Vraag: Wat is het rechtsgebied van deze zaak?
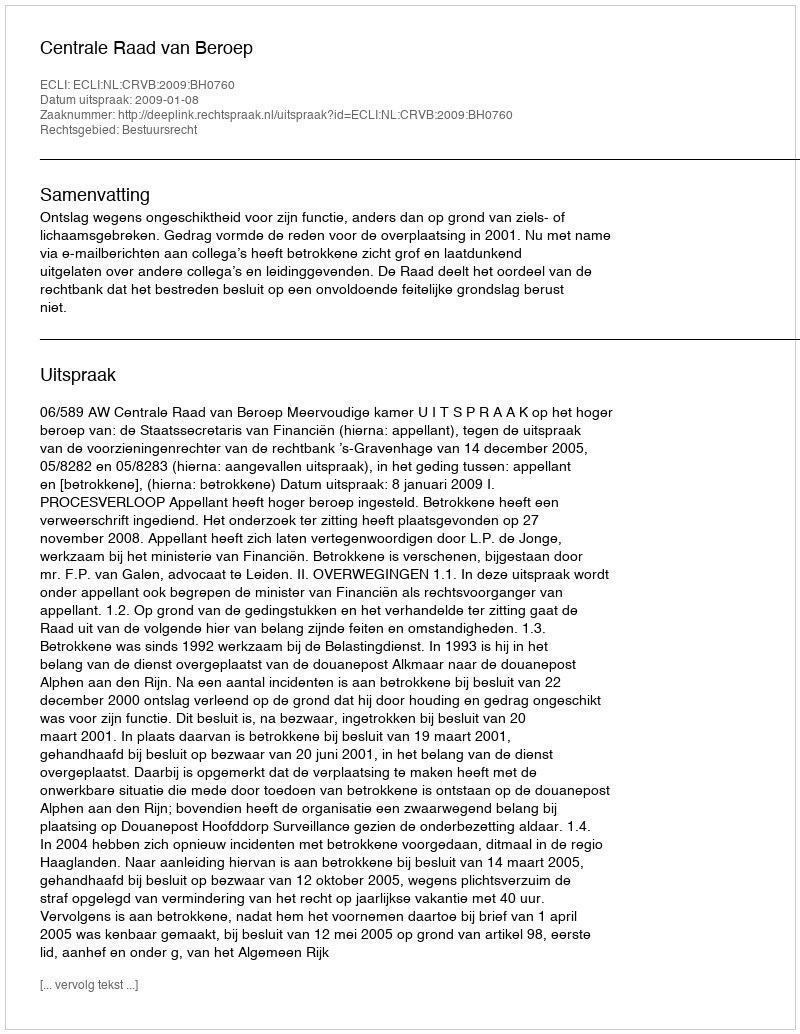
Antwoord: Bestuursrecht